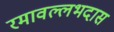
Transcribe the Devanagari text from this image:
रमावल्लभदास